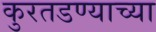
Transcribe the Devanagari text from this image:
कुरतडण्याच्या